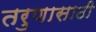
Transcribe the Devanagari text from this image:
तरुणासाठी